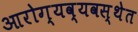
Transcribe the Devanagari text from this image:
आरोग्यव्यवस्थेत